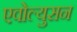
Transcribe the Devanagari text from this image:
एवोल्युसन